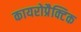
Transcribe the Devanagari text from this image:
कायरोप्रैक्टिक